Annual report on the working of the lock hospitals in the North-Western Provinces and Oudh
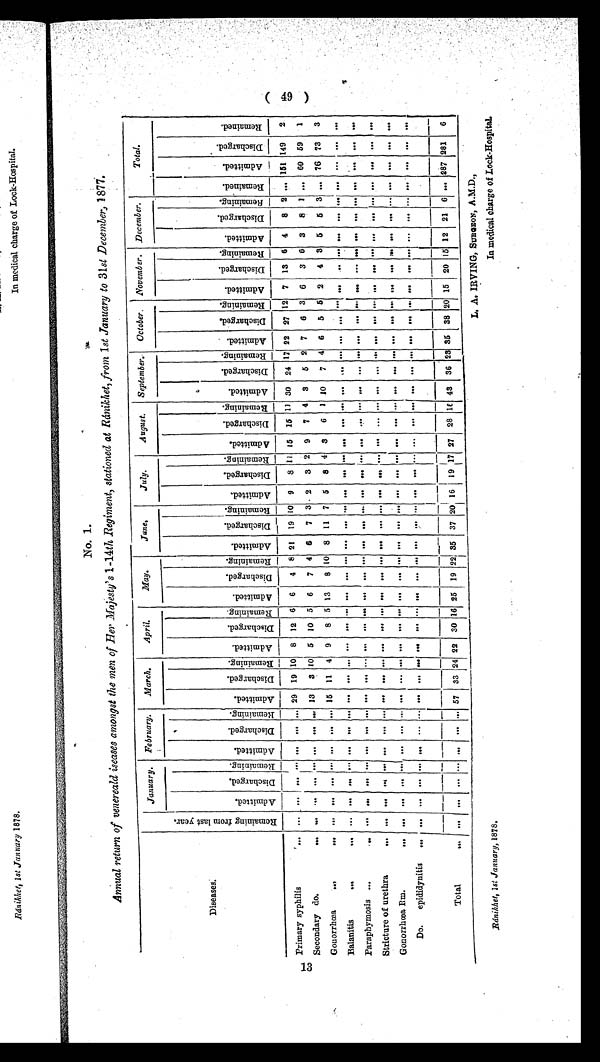
Ránikhet, 1st January, 1878.
L. A. IRVING, SURGEON, A.M.D.,
In medical charge of Lock-Hospital.
No. 1.
Annual return of venereal diseases amongst the men of Her Majesty's 1-14th Regiment, stationed at Ránikhet, from 1 st January to 31st December, 1877.
Diseases.
R e m a i n i n g f r o m l a s t y e a r .
January. February.
March.
April.
May.
June.
July.
August.
September. October. November. December.
Total.
A d m i t t e d . Di s c h a r g e d .
Re ma i ni ng. A d m i t t e d .
D i s c h a r g e d . Re ma i ni ng.
A d m i t t e d .
Di s c h a r g e d . Remai ni ng.
A d m i t t e d . D i s c h a r g e d . Re ma i ni ng.
Admi t t e d.
Di s c h a r g e d .
Remai ni ng.
A d m i t t e d .
Di s c h a r g e d . Re ma i n i n g . A d mi t t e d .
Di s c h a r g e d .
Remai ni ng.
Ad mi t t e d .
D i s c h a r g e d . Remai ni ng.
Ad mi t t e d .
D i s c h a r g e d .
Remai ni ng. A d m i t t e d .
Di s c ha r ge d.Remai ni ng.
A d mi t t e d .
Di s c h a r g e d . Remai ni ng.
Admi t t e d.
D i s c h a r g e d . Remai ni ng. R e m a i n e d .
A d m i t t e d .
D i s c h a r g e d .
R e ma i n e d .
Primary syphilis
. . .
... . . .
. . .
... ...
... ... 29 19 10 8 12 6 6 4 8 21 19 10 9 8 11 15 15 11 30 24 17 22 27 12 7 13 6 4 8 2 ... 161 149 2
Secondary do.
... ... ... ... ... ... ... ... 13 3 10 5 10 5 6
7 4 6 7 3 2 3 2 9 7 4 3
5 2 7 6
3 6 3 6 3
8 1 ... 60 59 1
Gonorrhœa
...
... ... . . . ... ... . . . ... ... 15 11 4 9 8 5 13 8 10 8 11 7 5 8 4 3 6 1 10 7 4 6 5 5 2 4 3 5 5 3 ... 76 73 3
Balanitis
...
... ... . . . ... ... ... ... ... . . . ... ... ... ... ... ... ... ... ... ... ... ... ... ... ... ... .... ... ... ... . . . ... ... ... ... ... ... . . . ... ... ... ...
...
Paraphymosis ...
.. ... . . . ... ... ... ... ... ... ... ... . . .
. . . ... . . . ... ... ... ... ... ... ... ... ... ... ... . . .
. . . ... . . . ... ... ... ... ... ... . . . ... ... ...
. . . ...
Stricture of urethra
...
. . . ... ... ... ... ... ... . . . ... ... . . .
. . . ... . . . ... ... . . . ... . . . . . . ... ... ... ... ... ... ... ... . . . ... ... ... ... ... ... ... ... ... ... . . . ...
Gonorrhœa Rm.
...
. . .
. . . . . . ...
. . . ... ... ... ... ... . . . ... ... ... ... ... ... ... ... ... ... ... ... ... ... . . .
. . . ... ... ... ... ... ... .. ... . . . ... ... ... . . .
. . .
Do. epididynitis
... . . .
. . .
. . . ... ... ... ... ... ... ... . . . ...
...
... ... ... ... ... ... . . . ... ... ... ... ... . . .
. . . ... . . .
...
...
... ...
... ... ...
...
...
... ...
...
Total
... ... ... ...
...
... ...
5 7
3 3
2 4
22 3 0
16 25 19 22 35 37 20 16 19 17 27 28
1 6 43 36 23 35 38 20 15 20 15 12 21 6 ... 287 281 6
(49)